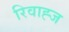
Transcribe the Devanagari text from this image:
रिवाह्ज